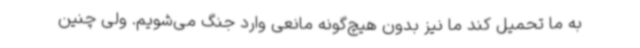
به ما تحمیل کند ما نیز بدون هیچ‌گونه مانعی وارد جنگ می‌شویم. ولی چنین